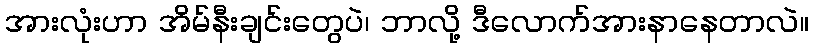
အားလုံးဟာ အိမ်နီးချင်းတွေပဲ၊ ဘာလို့ ဒီလောက်အားနာနေတာလဲ။